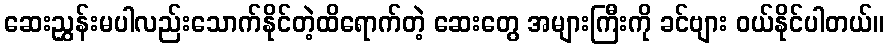
ဆေးညွှန်းမပါလည်းသောက်နိုင်တဲ့ထိရောက်တဲ့ ဆေးတွေ အများကြီးကို ခင်ဗျား ဝယ်နိုင်ပါတယ်။